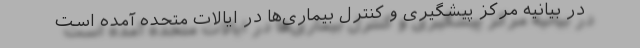
در بیانیه مرکز پیشگیری و کنترل بیماری‌ها در ایالات متحده آمده است